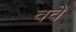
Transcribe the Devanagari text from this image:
ववे